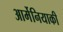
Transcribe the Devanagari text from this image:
आर्मेनियाकी